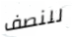
للنصف